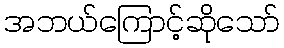
အဘယ်ကြောင့်ဆိုသော်